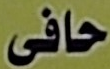
حافى